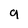
Character: g